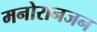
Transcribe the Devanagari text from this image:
मनोरानजन